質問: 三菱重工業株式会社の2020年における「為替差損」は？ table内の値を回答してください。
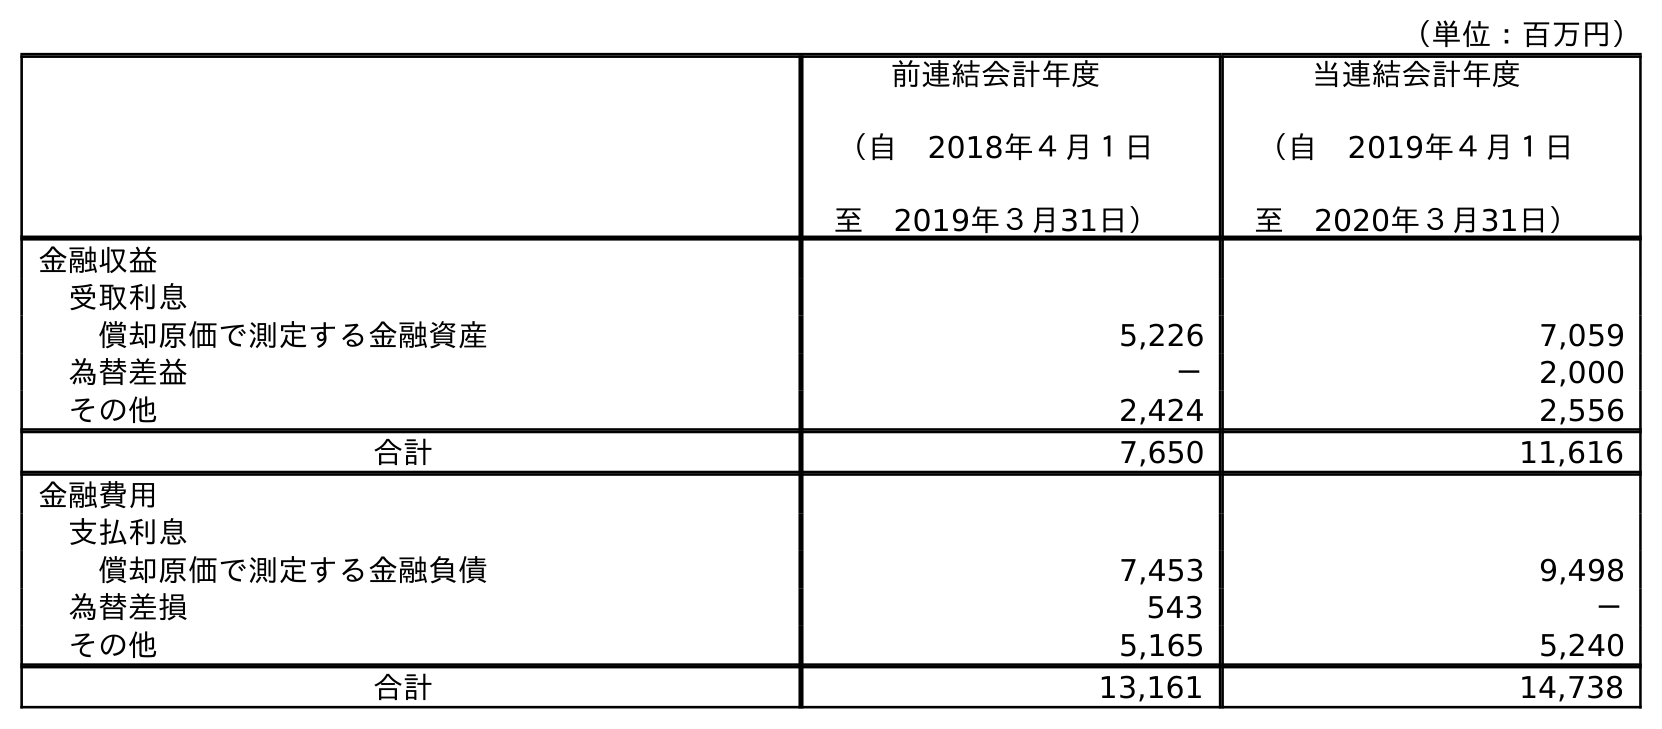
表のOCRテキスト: （単位：百万円） 前連結会計年度 （自 2018年４月１日 至 2019年３月31日） 当連結会計年度 （自 2019年４月１日 至 2020年３月31日） 金融収益 受取利息 償却原価で測定する金融資産 5,226 7,059 為替差益 － 2,000 その他 2,424 2,556 合計 7,650 11,616 金融費用 支払利息 償却原価で測定する金融負債 7,453 9,498 為替差損 543 － その他 5,165 5,240 合計 13,161 14,738
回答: －